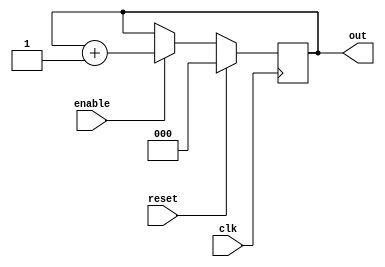
module ScoreBox(out, enable, reset, clk);
	input enable, reset, clk;
	output [2:0]out;
	reg [2:0]out;

	always @(posedge clk)
		if (reset) begin
			out <= 3'b0 ;
		end else if (enable) begin
			out <= out + 1;
	end

endmodule